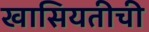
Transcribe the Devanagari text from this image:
खासियतीची